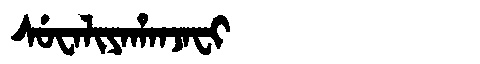
Manchu: ᠰᡠᠸᠠᠯᡳᠶᠠᡥᠠᠨᠵᠠᠸᡳ
Romanization: SUWALIYAHANJAFI